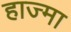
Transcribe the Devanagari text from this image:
हाज्मा